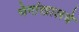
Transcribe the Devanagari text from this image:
भेगांखालचे